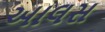
આલસ